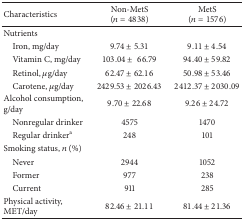
| Characteristics | Non-MetS(n = 4838) | MetS(n = 1576) |
 | --- | --- | --- |
 | Nutrients |  |  |
 | Iron, mg/day | 9.74 ± 5.31 | 9.11 ± 4.54 |
 | Vitamin C, mg/day | 103.04 ± 66.79 | 94.40 ± 59.82 |
 | Retinol, μg/day | 62.47 ± 62.16 | 50.98 ± 53.46 |
 | Carotene, μg/day | 2429.53 ± 2026.43 | 2412.37 ± 2030.09 |
 | Alcohol consumption, g/day | 9.70 ± 22.68 | 9.26 ± 24.72 |
 | Nonregular drinker | 4575 | 1470 |
 | Regular drinkera | 248 | 101 |
 | Smoking status, n (%) |  |  |
 | Never | 2944 | 1052 |
 | Former | 977 | 238 |
 | Current | 911 | 285 |
 | Physical activity, MET/day | 82.46 ± 21.11 | 81.44 ± 21.36 |